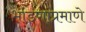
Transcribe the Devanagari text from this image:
भांडणांप्रमाणे